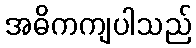
အဓိကကျပါသည်